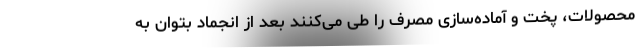
محصولات، پخت و آماده‌سازی مصرف را طی می‌کنند بعد از انجماد بتوان به